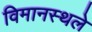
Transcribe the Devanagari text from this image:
विमानस्थले